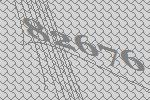
82676